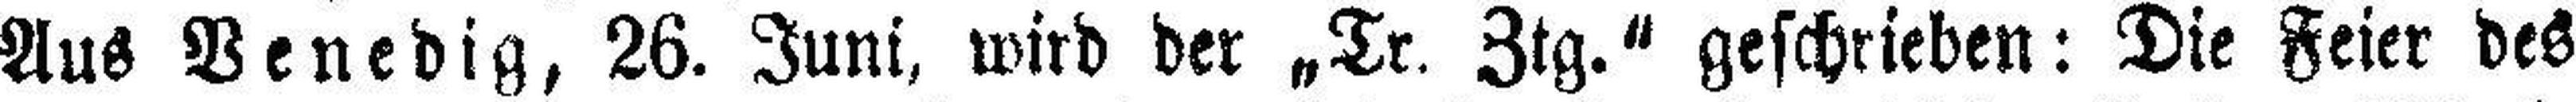
Aus Venedig, 26. Juni, wird der „Tr. Ztg.“ geschrieben: Die Feier des